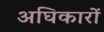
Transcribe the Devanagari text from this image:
अघिकारों